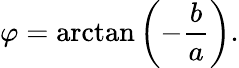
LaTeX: \varphi=\arctan\left(-{\frac{b}{a}}\right).